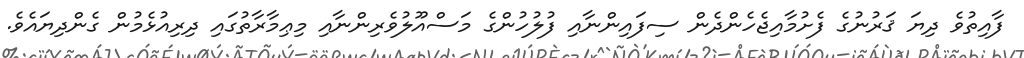
ފާއިތުވެ ދިޔަ ޤަރުނުގެ ފެށުމާއިޖެހެންދެން ސިފައިންނާއި ފުލުހުންގެ މަސްއޫލުވެރިންނާއި މިޢިމާރާތުގައި ދިރިއުޅެމުން ގެންދިޔައެވެ.